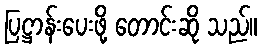
ပြဋ္ဌာန်းပေးဖို့ တောင်းဆို သည်။